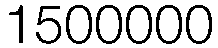
1500000